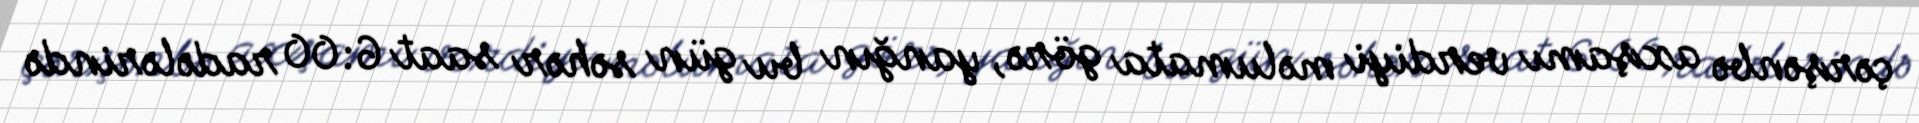
çərşənbə axşamı verdiyi məlumata görə, yanğın bu gün səhər saat 6:00 radələrində